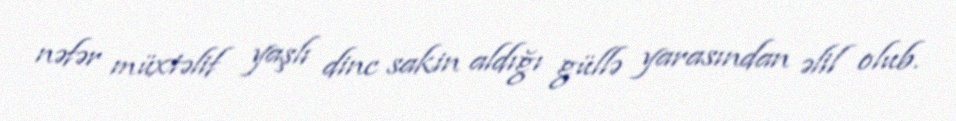
nəfər müxtəlif yaşlı dinc sakin aldığı güllə yarasından əlil olub.